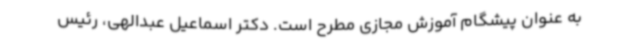
به عنوان پیشگام آموزش مجازی مطرح است. دکتر اسماعیل عبدالهی، رئیس